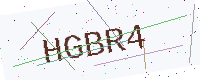
Text: HGBR4